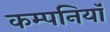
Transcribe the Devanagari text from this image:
कम्पनियॉं